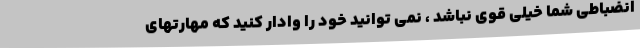
انضباطی شما خیلی قوی نباشد ، نمی توانید خود را وادار کنید که مهارتهای